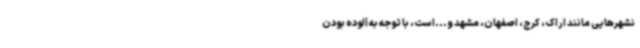
نشهرهایی مانند اراک، کرج، اصفهان، مشهد و...است، با توجه به آلوده بودن